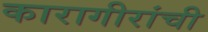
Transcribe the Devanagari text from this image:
कारागीरांची